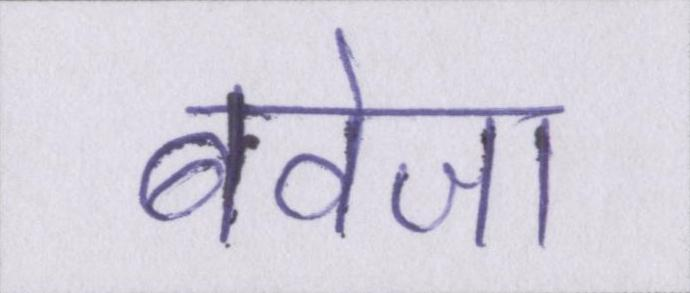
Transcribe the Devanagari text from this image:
बवेजा